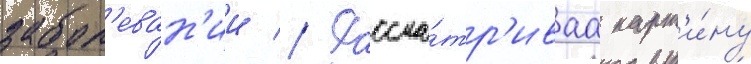
забол'еван'ии // Рассма́тр'иваа карт'и́ну